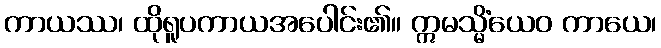
ကာယဿ၊ ထိုရူပကာယအပေါင်း၏။ ဣမသ္မိံယေဝ ကာယေ၊